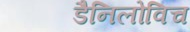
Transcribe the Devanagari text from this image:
डैनिलोविच